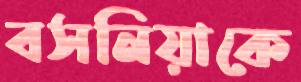
বসনিয়াকে